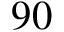
9 0